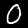
Label: 0